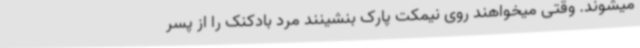
میشوند. وقتی میخواهند روی نیمکت پارک بنشینند مرد بادکنک را از پسر